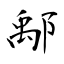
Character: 鄅